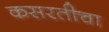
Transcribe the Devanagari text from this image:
कसरतीचा